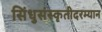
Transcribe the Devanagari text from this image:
सिंधुसंस्कृतीदरम्यान